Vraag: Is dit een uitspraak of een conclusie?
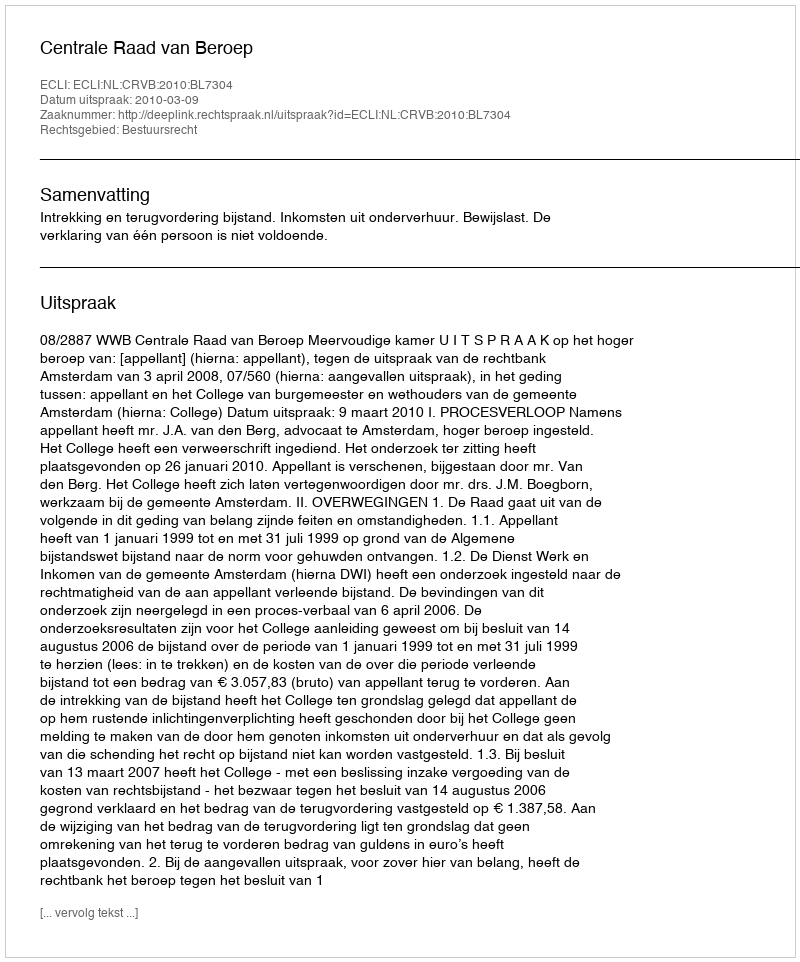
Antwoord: Uitspraak